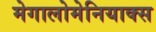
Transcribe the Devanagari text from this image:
मेगालोमेनियाक्स